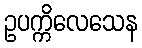
ဥပက္ကိလေသေန